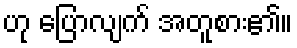
ဟု ပြောလျက် အတူစား၏။